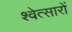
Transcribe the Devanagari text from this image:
श्वेत्सारों